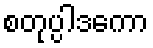
စတုပ္ပါဒကော